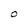
Character: O